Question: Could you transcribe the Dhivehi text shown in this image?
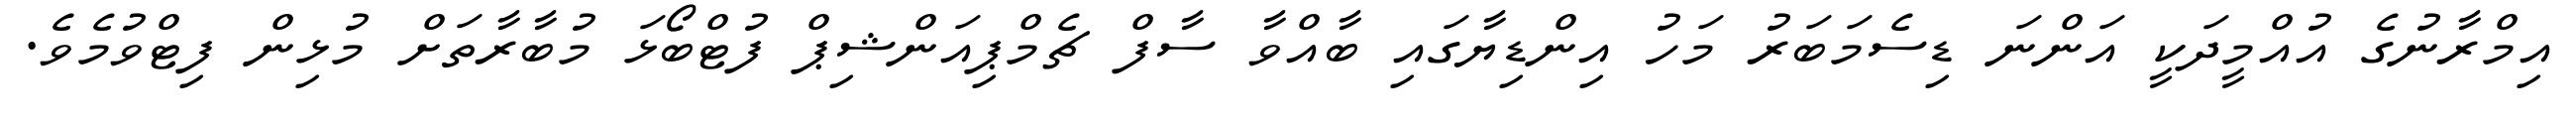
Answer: އިމްރާނުގެ އުއްމީދަކީ އަންނަ ޑިސެމަބަރު މަހު އިންޑިޔާގައި ބާއްވާ ސާފް ޗެމްޕިއަންޝިޕް ފުޓްބޯޅަ މުބާރާތަށް މުޅިން ފިޓްވުމެވެ.